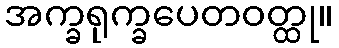
အက္ခရုက္ခပေတဝတ္ထု။